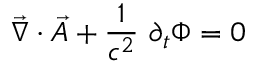
\vec { \nabla } \cdot \vec { A } + \frac { 1 } { c ^ { 2 } } ~ \partial _ { t } \Phi = 0